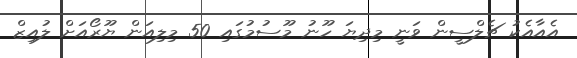
އެއާއެކު ޗެލްސީން ވަނީ މިދިޔަ ހޫނު މޫސުމުގައި 50 މިލިއަން ޔޫރޯއަށް ލުއިޒް